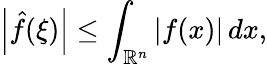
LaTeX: \left\vert{\hat{f}}(\xi)\right\vert\leq\int_{\mathbb{R}^{n}}\vert f(x)\vert\, dx,